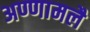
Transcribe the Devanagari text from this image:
अण्णामलै